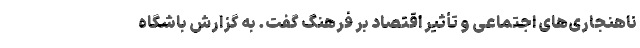
ناهنجاری‌های اجتماعی و تأثیر اقتصاد بر فرهنگ گفت. به گزارش باشگاه